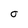
Character: O